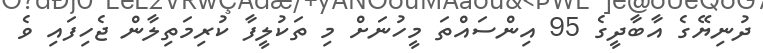
ދުނިޔޭގެ އާބާދީގެ 95 އިންސައްތަ މީހުނަށް މި ތަކުލީފާ ކުރިމަތިލާން ޖެހިފައި ވެ